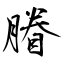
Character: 膡